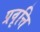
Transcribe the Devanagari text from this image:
प्रवृत्ति